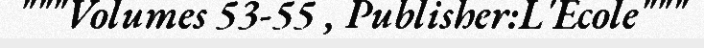
"""Volumes 53-55 , Publisher:L'Ecole"""